Annual report of the Punjab Veterinary College and of the Civil Veterinary Department, Punjab - 1909-1919
Year: 1909
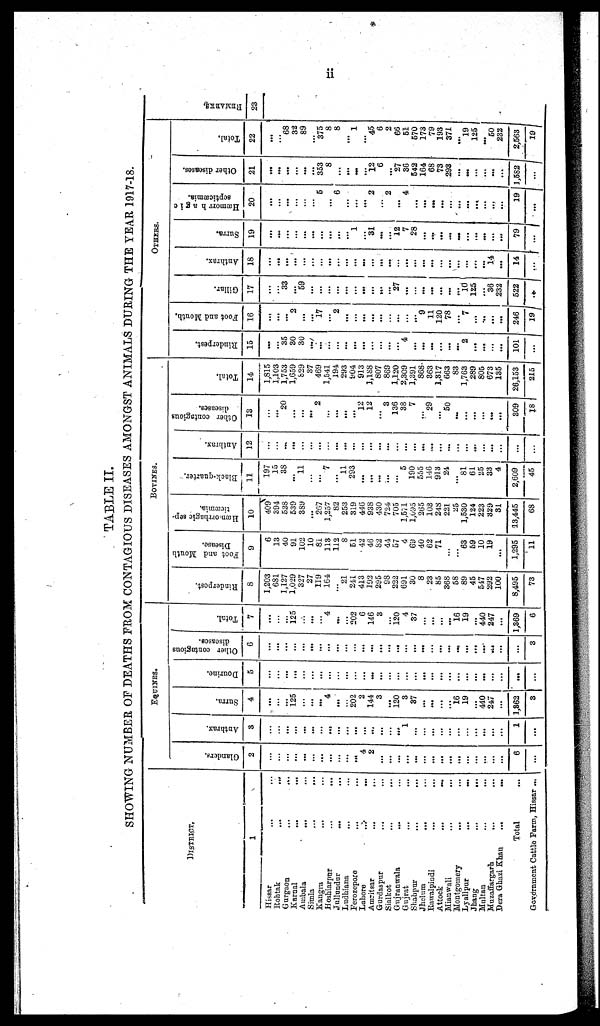
ii
TABLE II.
SHOWING NUMBER OF DEATHS FROM CONTAGIOUS DISEASES AMONGST ANIMALS DURING THE YEAR 1917-18.
DISTRICT.
1
Hissar ... ...
Rohtak
...
...
Gorgaoa
...
...
Karnal
...
...
Ambala
...
...
Simla
...
...
Kangra ... ...
Hoshiarpur
...
...
Jullundur
...
...
Ludhiana
...
...
Ferozepore ... ...
Lahore
...
...
Amritsar
...
...
Gurdaspur
... ...
Sialkot
...
...
Gujranwala
...
...
Gujrat
...
...
Shahpur
...
...
Jhelum
...
...
Rawalpindi
Attock
...
...
Mianwali
...
...
Montgomery ... ...
Lyallpur
...
...
Jhang
...
...
Multan
...
...
Mazaffargarh
... ...
Dera Ghazi Khan
...
...
Total ...
Government Cattle Farm, Hissar ...
EQUINES.
Glanders.
2
...
...
...
...
...
...
...
...
...
...
...
4
2
...
...
...
...
...
...
...
...
...
...
...
...
...
...
...
6
...
Anthrax.
3
...
...
...
...
...
...
...
...
...
...
...
...
...
...
...
...
1
...
...
...
...
...
...
...
...
...
...
...
1
...
Surra.
4
...
...
...
125
...
...
...
4
...
...
202
2
144
3
...
120
3
87
...
...
...
...
16
19
...
440
247
...
1,862
3
Dourine.
5
...
...
...
...
...
...
...
...
...
...
...
...
...
...
...
...
...
...
...
...
...
...
...
...
...
...
...
...
...
...
Other contagious
diseases.
6
...
...
...
...
...
...
...
...
...
...
...
...
...
...
...
...
...
...
...
...
...
...
...
...
...
...
...
...
...
3
Total.
7
...
...
...
125
...
...
...
4
...
...
202
6
146
8
...
120
4
37
...
...
...
...
16
19
...
440
247
...
1,869
6
BOVINES.
Rinderpest.
8
1,203
681
1,127
1,029
327
27
119
164
...
21
241
413
192
295
98
222
691
30
8
23
85
368
58
89
45
547
292
100
8,495
73
Foot and Mouth
Disease.
9
6
13
40
91
102
10
81
113
112
8
51
42
46
82
44
57
4
69
40
62
71
...
...
68
59
10
19
...
1,295
11
Hæmorrhagic
sep¬
ticæmia.
10
409
394
528
539
389
...
267
1,257
82
253
319
446
938
430
724
705
1,571
1,095
265
103
248
221
25
1,530
124
223
829
81
13,445
68
Black-quarter.
11
197
15
38
...
11
...
...
7
...
11
293
...
...
...
...
...
5
190
555
146
913
24
...
81
61
25
33
4
2,609
45
Anthrax.
12
...
...
...
...
...
...
...
...
...
...
...
...
...
...
...
...
...
...
...
...
...
...
...
...
...
...
...
...
...
...
Other contagious
diseases.
13
...
...
20
...
...
...
2
...
...
...
...
12
12
...
3
136
38
7
...
29
...
50
...
...
...
...
...
...
309
18
Total.
14
1,815
1,103
1,753
1,659
829
37
469
1,541
194
293
904
913
1,188
807
869
1,120
2,809
1,391
868
363
1,817
663
83
1,763
289
805
673
135
26,153
215
OTHERS.
Rinderpest.
15
...
...
35
30
30
...
...
...
...
...
...
...
...
...
...
...
4
...
...
...
...
...
...
2
...
...
...
...
101
...
Foot and Mouth.
16
...
...
...
2
...
...
17
...
2
...
...
...
...
...
...
...
...
...
9
11
120
78
...
7
...
...
...
...
246
19
Gillar.
17
...
...
33
...
59
...
...
...
...
...
...
...
...
...
...
27
...
...
...
...
...
...
...
10
125
...
36
232
522
...
Anthrax.
18
...
...
...
...
...
...
...
...
...
...
...
...
...
...
...
...
...
...
...
...
...
...
...
...
...
...
14
...
14
...
Surra.
19
...
...
...
...
...
...
...
...
...
...
1
...
31
...
...
12
7
28
...
...
...
...
...
...
...
...
...
...
79
...
Hæmorrhagic
septicæmia.
20
...
...
...
...
...
...
5
...
6
...
...
...
2
...
2
...
4
...
...
...
...
...
...
...
...
...
...
...
19
...
Other diseases.
21
...
...
...
...
...
...
353
8
...
...
...
...
12
6
...
27
86
542
164
68
73
298
...
...
...
...
...
...
1,582
...
Total.
22
...
...
68
82
89
375
8
8
...
1
...
45
6
2
66
51
670
173
79
193
371
...
19
125
...
50
232
2,563
19
REMARKS .
23